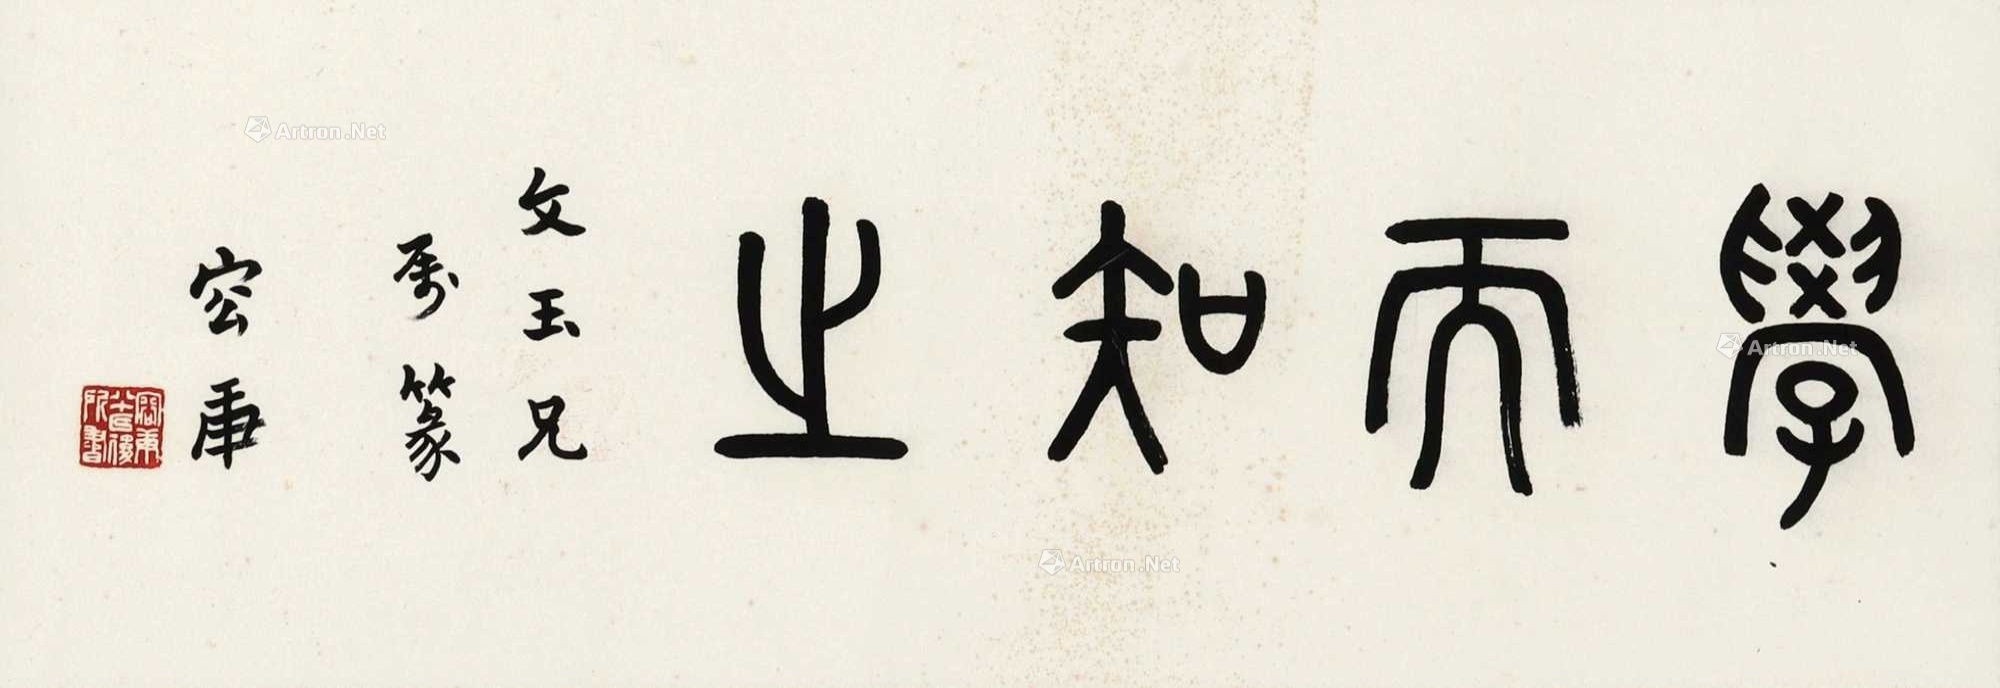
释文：学而知之。文玉兄属篆，容庚。